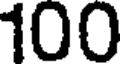
100